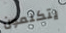
يتكلمون